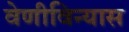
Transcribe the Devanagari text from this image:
वेणीविन्यास